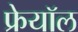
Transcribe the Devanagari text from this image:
फ्रेयॉल